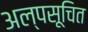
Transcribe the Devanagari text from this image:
अल्पसूचित